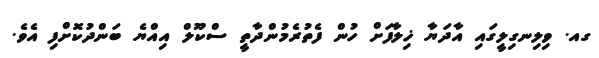
ގއ. ވިލިނގިލީގައި އާދަޔާ ޚިލާފަށް ހުން ފެތުރެމުންދާތީ ސްކޫލް އިއްޔެ ބަންދުކޮށްފި އެވެ.